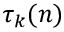
\tau _ { k } ( n )